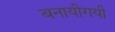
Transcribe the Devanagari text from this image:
बनायीगयी